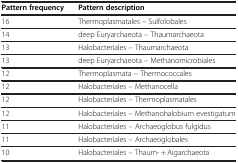
| Pattern frequency | Pattern description |
 | --- | --- |
 | 16 | Thermoplasmatales – Sulfolobales |
 | 14 | deep Euryarchaeota – Thaumarchaeota |
 | 13 | Halobacteriales – Thaumarchaeota |
 | 13 | deep Euryarchaeota – Methanomicrobiales |
 | 12 | Thermoplasmata – Thermococcales |
 | 12 | Halobacteriales – Methanocella |
 | 12 | Halobacteriales – Thermoplasmatales |
 | 12 | Halobacteriales – Methanohalobium evestigatum |
 | 11 | Halobacteriales – Archaeoglobus fulgidus |
 | 11 | Halobacteriales – Archaeoglobales |
 | 10 | Halobacteriales – Thaum- + Aigarchaeota |